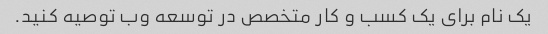
یک نام برای یک کسب و کار متخصص در توسعه وب توصیه کنید.